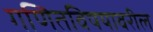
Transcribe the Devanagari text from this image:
गणितविषयावरील